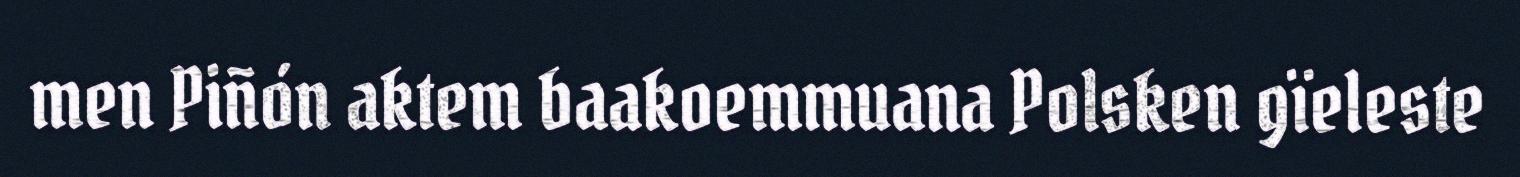
men Piñón aktem baakoemmuana Polsken gïeleste